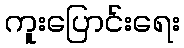
ကူးပြောင်းရေး